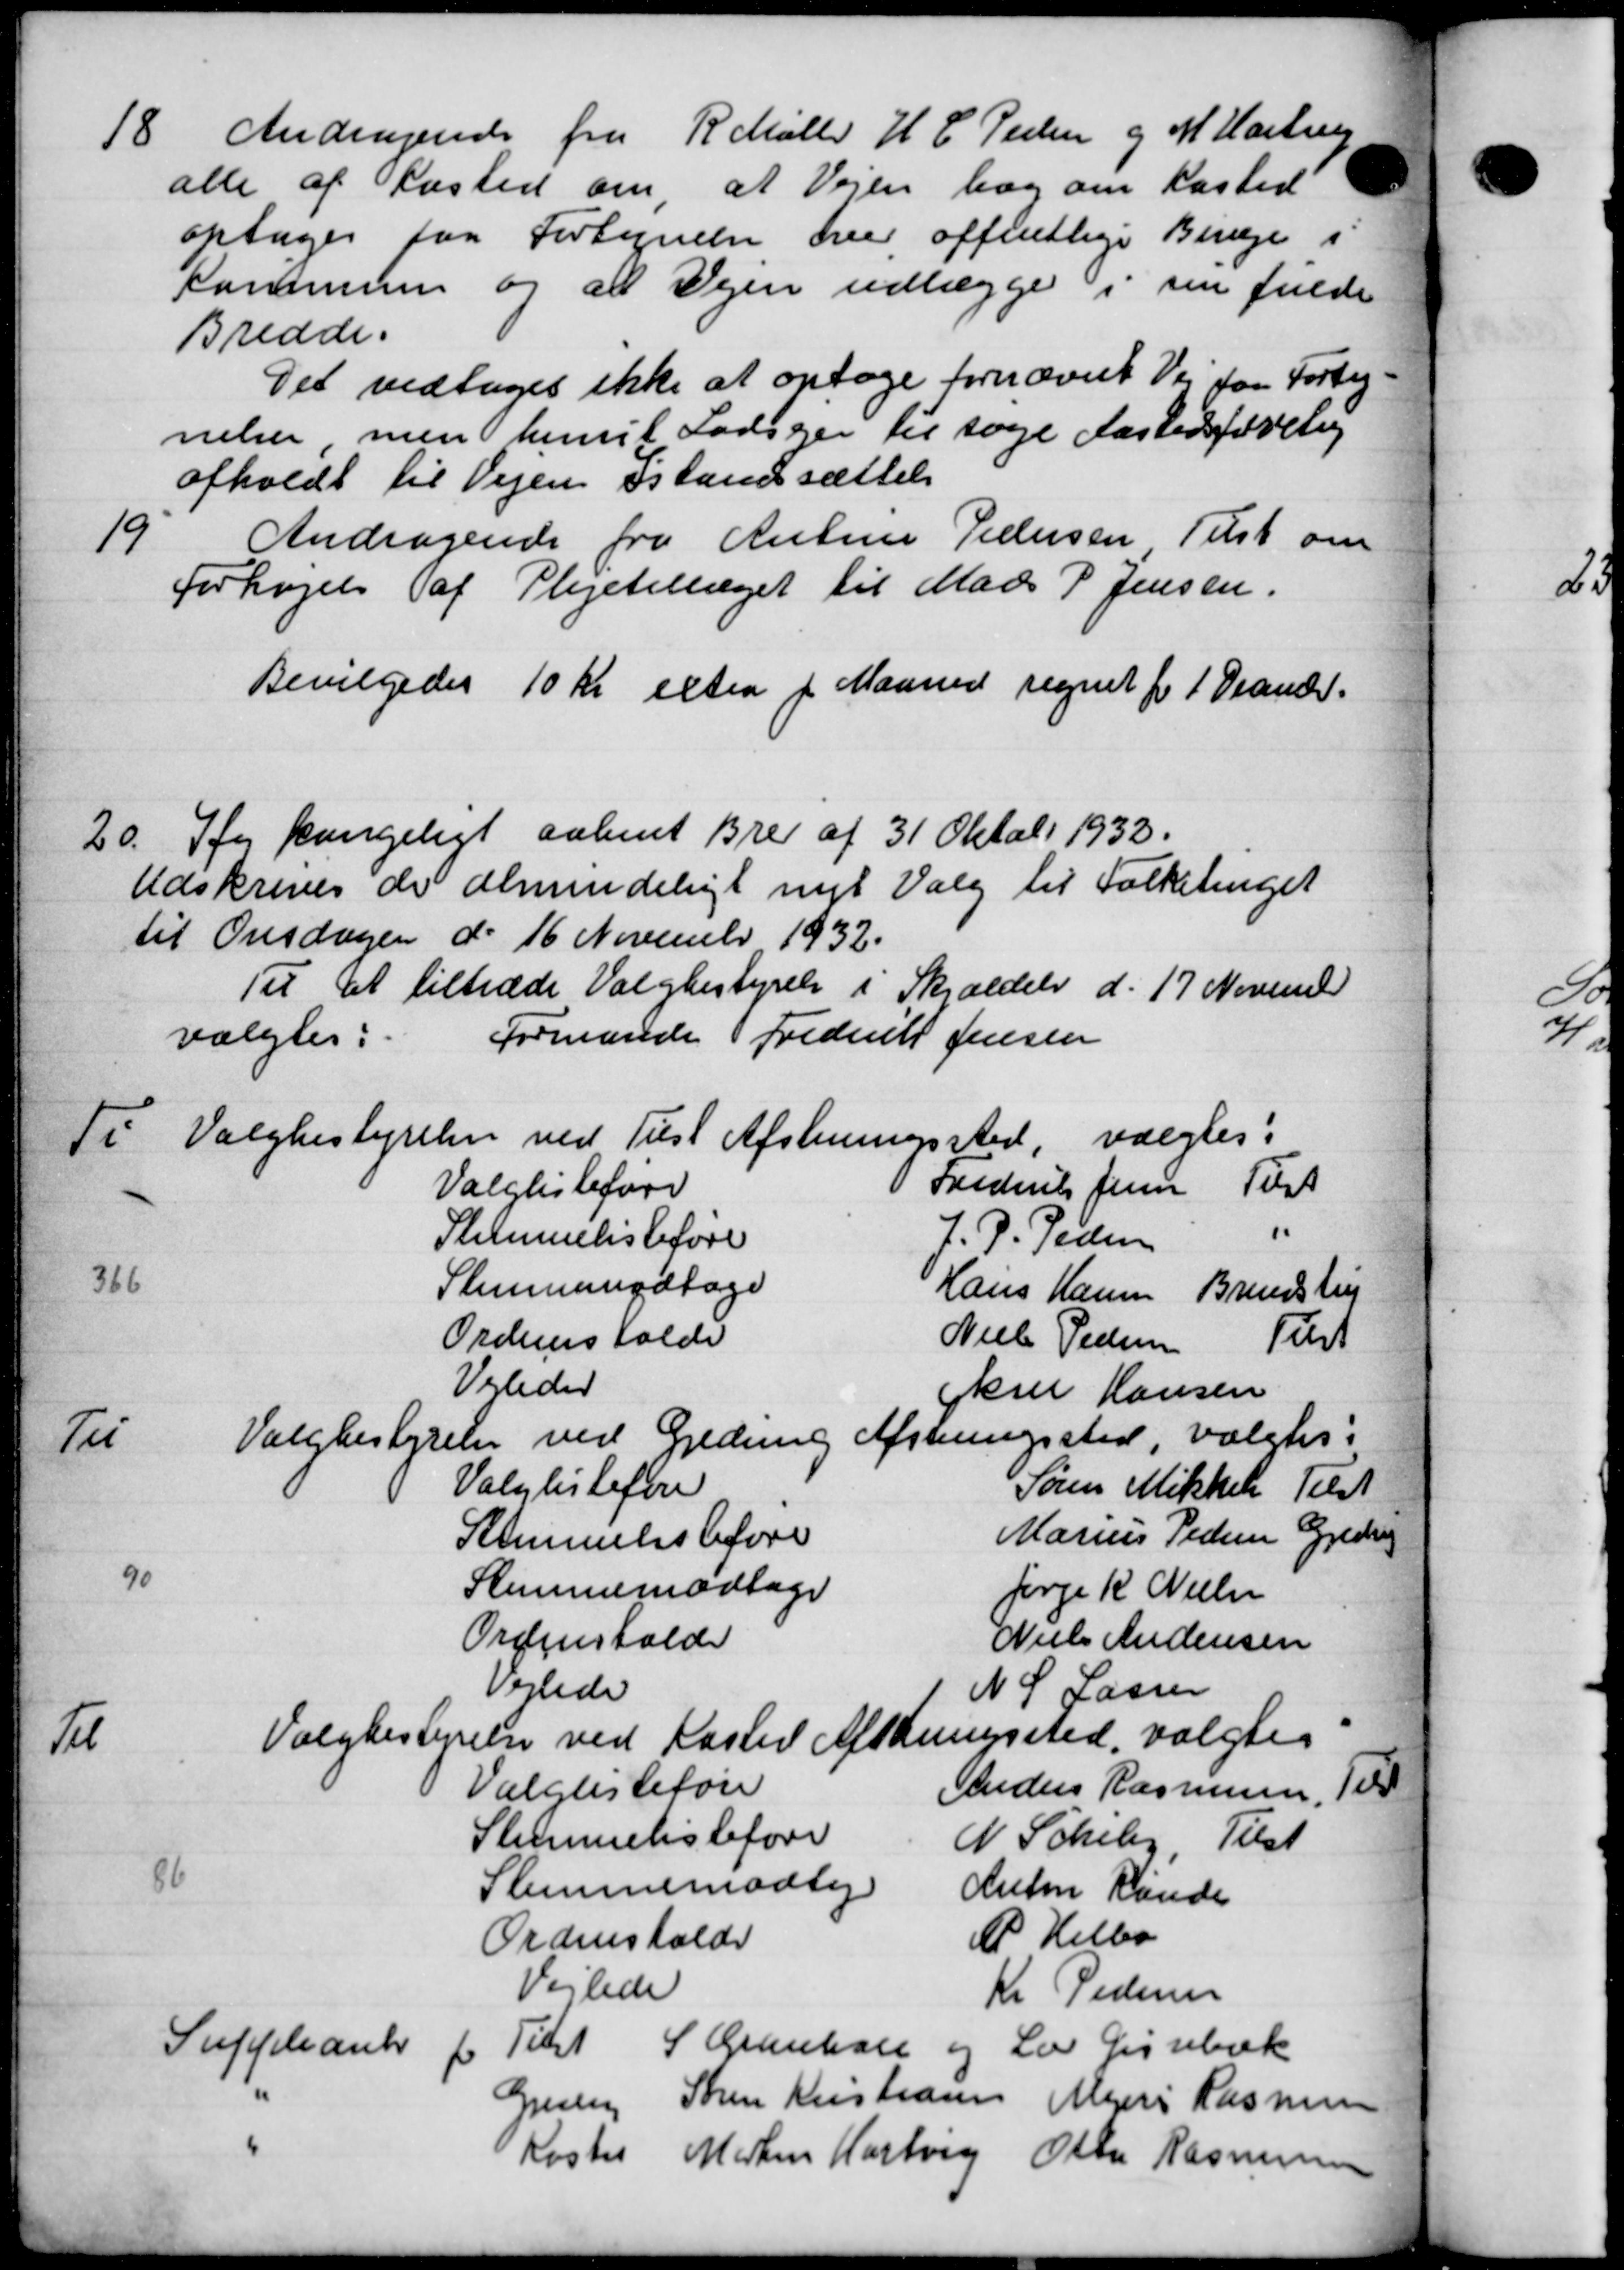
Transskription:
18.
Andragende fra R Møller H. C. Peder og M. Hastrup
alle af Kasted om, at Vejen bog om Kasted
optages paa Fortegnelse over offentlige Biveje i
Kommunen og at Vejen udlægge i sin fulde
Bredde.
Det vedtoges ikke at optage fornævnte Vej for Forteg-
nelsen men henvil Lodsejer til søge Aastedsforelig
afholdt til Vejen Istandsættelse
Andragende fra Antine Pedersen Tilst om
19
Forhøjelse af Plejetillæget til Mads P Jensen.
Bevilgedes 10 Kr exter f Maaned regnet for 1 Decmber.
20.
Ifg kangeligt aabent Brev af 31 Oktobr 1933.
Udskrives de almindeligt nyt Valg til Folketinget
til Onsdagen d. 16 November 1932.
Til at tiltræde Valgbestyrelse i Skjældels d. 17 November
Formande Frederik Jensen
valgtes:
Til Valgbestyrelsen ved Tilst Afsteningssted, valgtes:
Valglisteføre Frederik Jensen Tilst
Stemmelisteføre J. P. Pedersen
366
Stemmemodtage Hans Hansen Brendstrup
Ordensholde Niels Pedersen Tilst
Vejleder kul Hansen
Til Valgbestyrelse ved Gredning Afstningssted, valgtes:
Valglisteføre Søren Mikkels Tilst
Stemmelistføre Marius Pedersen Gjedvig
9.
Stemmemodtage Jørge R Nielsen
Ordensholde Niels Andersen
Vejlede N. S. Lassen
Til Valgbestyrelse ved Haslev Afskringssted, valgtes
Valglisteføre Anders Rasmussen Tilt
Stemmelisteføre N. Scheby, Tilst
86
Stemmemodtag Anton Rande
Ordensholde P. Helbo
Vejlede Kr. Pedersen
Suppleanter 1 Tilst S. Granhol og La Gissebæk
Gjesin Søren Kristiansen Agjeri Rasmussen
Koster Morten Hartvig Otto Rasmussen